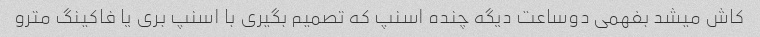
کاش میشد بفهمی دوساعت دیگه چنده اسنپ که تصمیم بگیری با اسنپ بری یا فاکینگ مترو